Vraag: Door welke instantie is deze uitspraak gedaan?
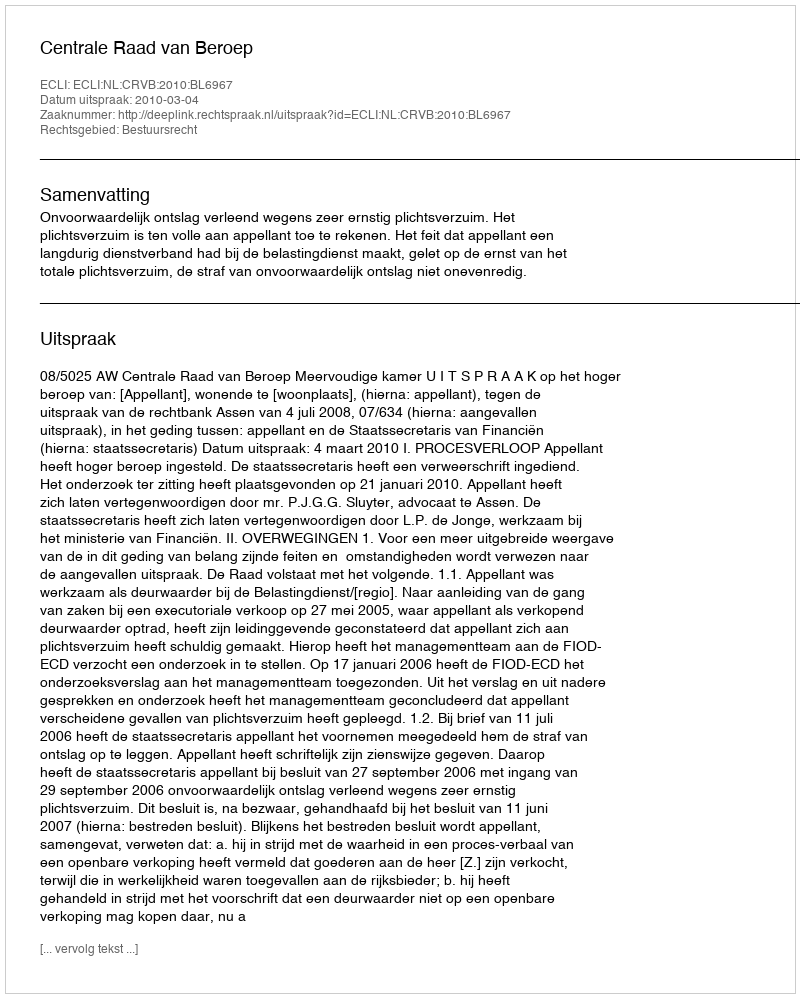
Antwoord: Centrale Raad van Beroep